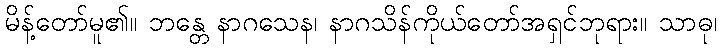
မိန့်တော်မူ၏။ ဘန္တေ နာဂသေန၊ နာဂသိန်ကိုယ်တော်အရှင်ဘုရား။ သာဓု၊